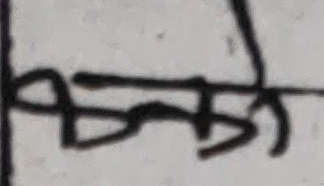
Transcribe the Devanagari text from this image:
छके